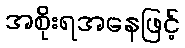
အစိုးရအနေဖြင့်